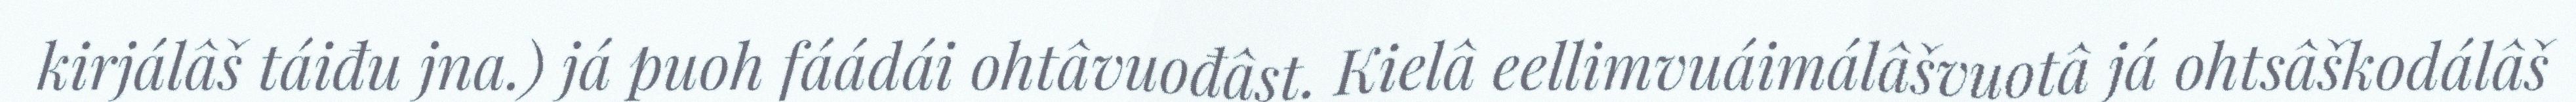
kirjálâš táiđu jna.) já puoh fáádái ohtâvuođâst. Kielâ eellimvuáimálâšvuotâ já ohtsâškodálâš